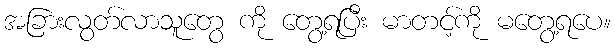
အခြားလွတ်လာသူတွေ ကို တွေ့ရပြီး မာတင့်ကို မတွေ့ရပေ။